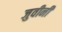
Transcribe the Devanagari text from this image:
जुवीनी